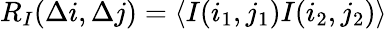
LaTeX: R_{I}(\Delta i,\Delta j)=\langle I(i_{1},j_{1})I(i_{2},j_{2})\rangle